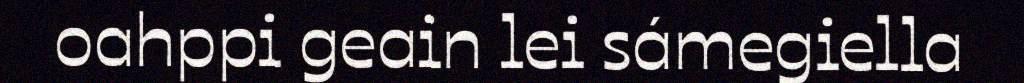
oahppi geain lei sámegiella